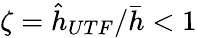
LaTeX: \zeta=\hat{h}_{UTF}/\bar{h}<1